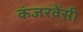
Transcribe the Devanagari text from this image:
कंजरवेंसी